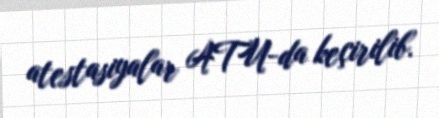
atestasiyalar ATU-da keçirilib.